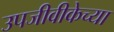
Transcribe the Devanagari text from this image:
उपजीवीकेच्या